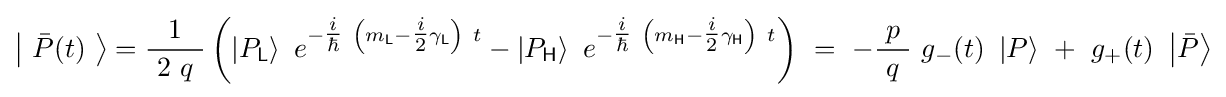
\left|\ {\bar {P}}(t)\ \right\rangle ={\frac {1}{\ 2\ q\ }}\left(\left|P_{\mathsf {L}}\right\rangle \ e^{-{\tfrac {i}{\hbar }}\ \left(m_{\mathsf {L}}-{\tfrac {i}{2}}\gamma _{\mathsf {L}}\right)\ t}-\left|P_{\mathsf {H}}\right\rangle \ e^{-{\tfrac {i}{\hbar }}\ \left(m_{\mathsf {H}}-{\tfrac {i}{2}}\gamma _{\mathsf {H}}\right)\ t}\right)\ =\ -{\frac {p}{\ q\ }}\ g_{-}(t)\ \left|P\right\rangle \ +\ g_{+}(t)\ \left|{\bar {P}}\right\rangle